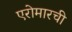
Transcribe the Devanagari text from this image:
एरोमारची